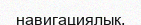
навигациялық,